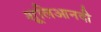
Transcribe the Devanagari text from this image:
शूलिआनदी